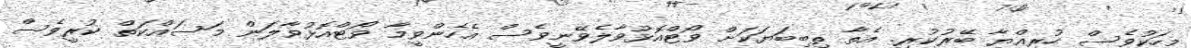
މީހަކުވެސް ހުރިއްޔާ ބޭރުކުރި. އެތާ ތިބިބަޔަކަށް ވޯޓްއޮޅުވާލެވޭނީވެސް އެހެންވީމާ ވޯޓްއޮޅުވާލަން މަސައްކަތް ކުރީވެސް